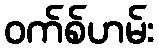
ဝက်စ်ဟမ်း